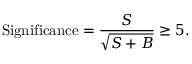
\mathrm { S i g n i f i c a n c e } = { \frac { S } { \sqrt { S + B } } } \geq 5 .